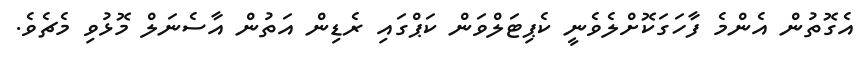
އެގޮތުން އެންމެ ފާހަގަކޮށްލެވެނީ ކެޕިޓަލްވަން ކަޕްގައި ރެޑިން އަތުން އާސެނަލް މޮޅުވި މެޗެވެ.